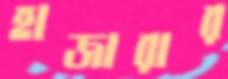
হাজারার